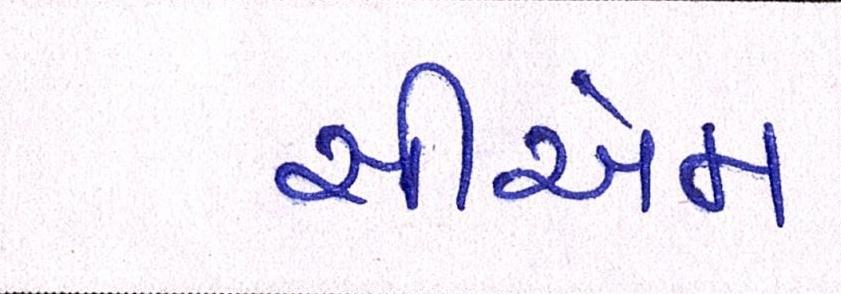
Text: સીએમ